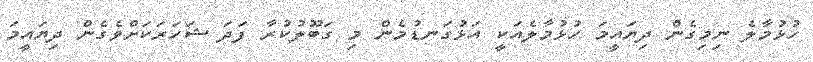
ހުޅުމާލެ ނިމިގެން ދިޔައީމަ ހުޅުމާލެއަކީ އަޅުގަނޑުމެން މި ގަބޫލުކުރާ ފަދަ ޝަހަރަކަށްވެގެން ދިޔައީމަ